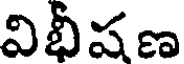
విభీషణ